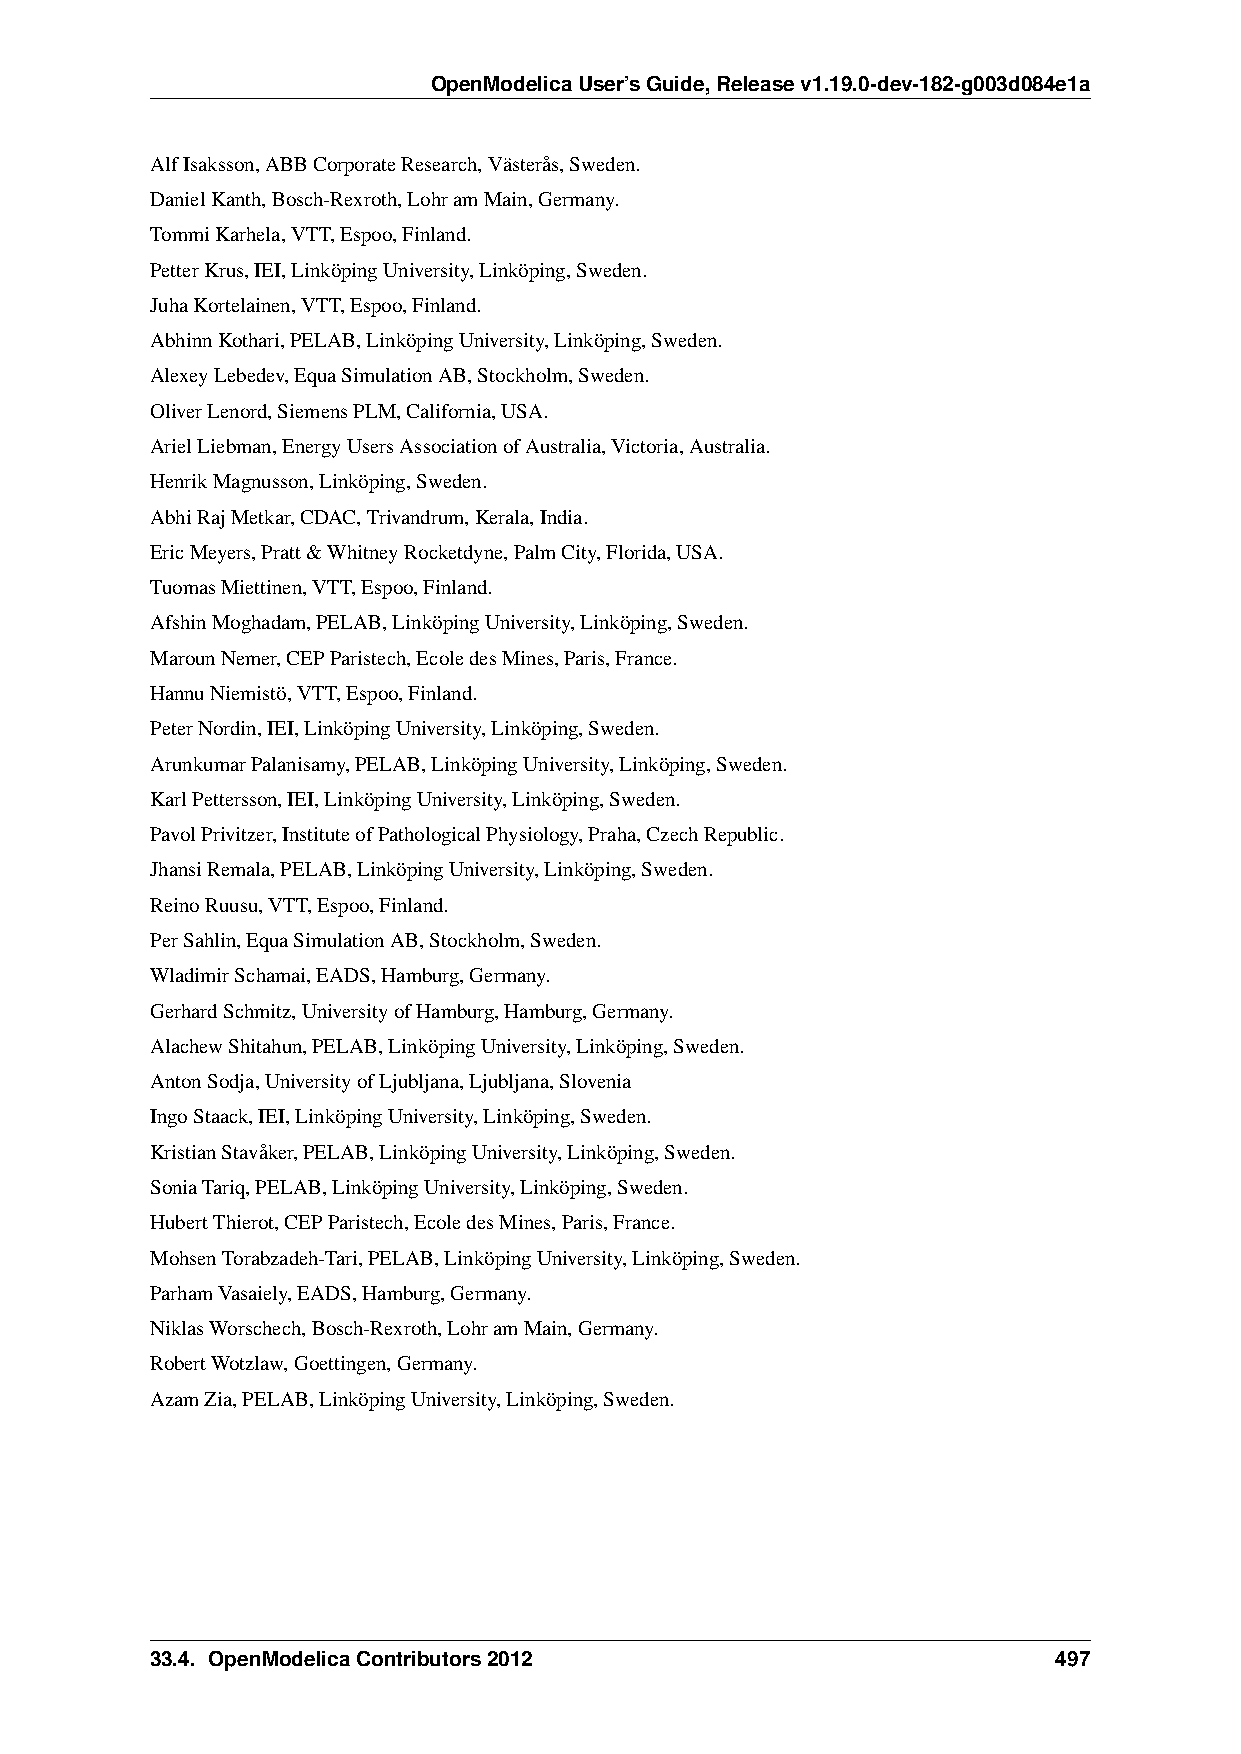
OpenModelicaUser’sGuide,Releasev1.19.0-dev-182-g003d084e1a
 AlfIsaksson,ABBCorporateResearch,Västerås,Sweden.
 DanielKanth,Bosch-Rexroth,LohramMain,Germany.
 TommiKarhela,VTT,Espoo,Finland.
 PetterKrus,IEI,LinköpingUniversity,Linköping,Sweden.
 JuhaKortelainen,VTT,Espoo,Finland.
 AbhinnKothari,PELAB,LinköpingUniversity,Linköping,Sweden.
 AlexeyLebedev,EquaSimulationAB,Stockholm,Sweden.
 OliverLenord,SiemensPLM,California,USA.
 ArielLiebman,EnergyUsersAssociationofAustralia,Victoria,Australia.
 HenrikMagnusson,Linköping,Sweden.
 AbhiRajMetkar,CDAC,Trivandrum,Kerala,India.
 EricMeyers,Pratt&WhitneyRocketdyne,PalmCity,Florida,USA.
 TuomasMiettinen,VTT,Espoo,Finland.
 AfshinMoghadam,PELAB,LinköpingUniversity,Linköping,Sweden.
 MarounNemer,CEPParistech,EcoledesMines,Paris,France.
 HannuNiemistö,VTT,Espoo,Finland.
 PeterNordin,IEI,LinköpingUniversity,Linköping,Sweden.
 ArunkumarPalanisamy,PELAB,LinköpingUniversity,Linköping,Sweden.
 KarlPettersson,IEI,LinköpingUniversity,Linköping,Sweden.
 PavolPrivitzer,InstituteofPathologicalPhysiology,Praha,CzechRepublic.
 JhansiRemala,PELAB,LinköpingUniversity,Linköping,Sweden.
 ReinoRuusu,VTT,Espoo,Finland.
 PerSahlin,EquaSimulationAB,Stockholm,Sweden.
 WladimirSchamai,EADS,Hamburg,Germany.
 GerhardSchmitz,UniversityofHamburg,Hamburg,Germany.
 AlachewShitahun,PELAB,LinköpingUniversity,Linköping,Sweden.
 AntonSodja,UniversityofLjubljana,Ljubljana,Slovenia
 IngoStaack,IEI,LinköpingUniversity,Linköping,Sweden.
 KristianStavåker,PELAB,LinköpingUniversity,Linköping,Sweden.
 SoniaTariq,PELAB,LinköpingUniversity,Linköping,Sweden.
 HubertThierot,CEPParistech,EcoledesMines,Paris,France.
 MohsenTorabzadeh-Tari,PELAB,LinköpingUniversity,Linköping,Sweden.
 ParhamVasaiely,EADS,Hamburg,Germany.
 NiklasWorschech,Bosch-Rexroth,LohramMain,Germany.
 RobertWotzlaw,Goettingen,Germany.
 AzamZia,PELAB,LinköpingUniversity,Linköping,Sweden.
 33.4. OpenModelicaContributors2012                          497